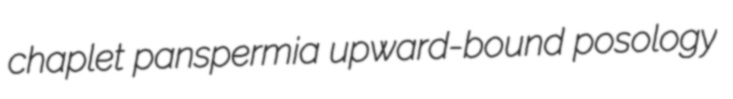
chaplet panspermia upward-bound posology